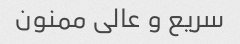
سریع و عالی ممنون